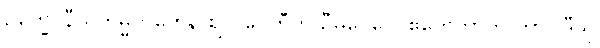
ဥက္ခေပနီယကမ္မကတေန ဈလပေဟီတိ ဦမိဝေဂေါ ဧကေကာတိ ဘာဝါဒီသု